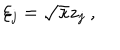
LaTeX: \xi _ { j } = \sqrt { \kappa } z _ { j } \ ,